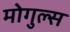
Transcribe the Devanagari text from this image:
मोगुल्स